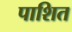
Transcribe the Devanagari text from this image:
पाशित